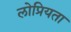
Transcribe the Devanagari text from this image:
लोप्रियता